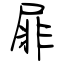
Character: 屝